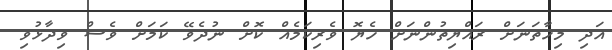
އަދި މިހާތަނަށް ރައްޔިތުންނަށް ހެޔޮ ވެރިކަމެއް ކޮށް ނުދެވޭ ކަމަށް ވެސް ވިދާޅުވި